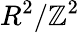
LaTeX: R^{2}/\mathbb{Z}^{2}